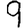
Digit: 9